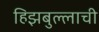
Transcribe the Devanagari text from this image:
हिझबुल्लाची